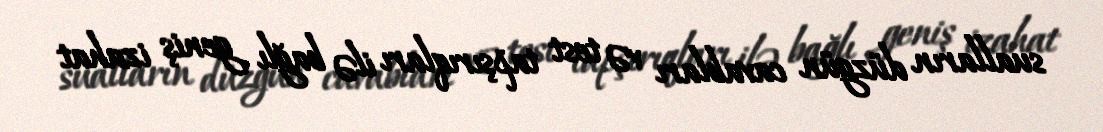
sualların düzgün cavabları və test tapşırıqları ilə bağlı geniş izahat